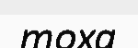
moxa